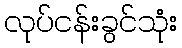
လုပ်ငန်းခွင်သုံး